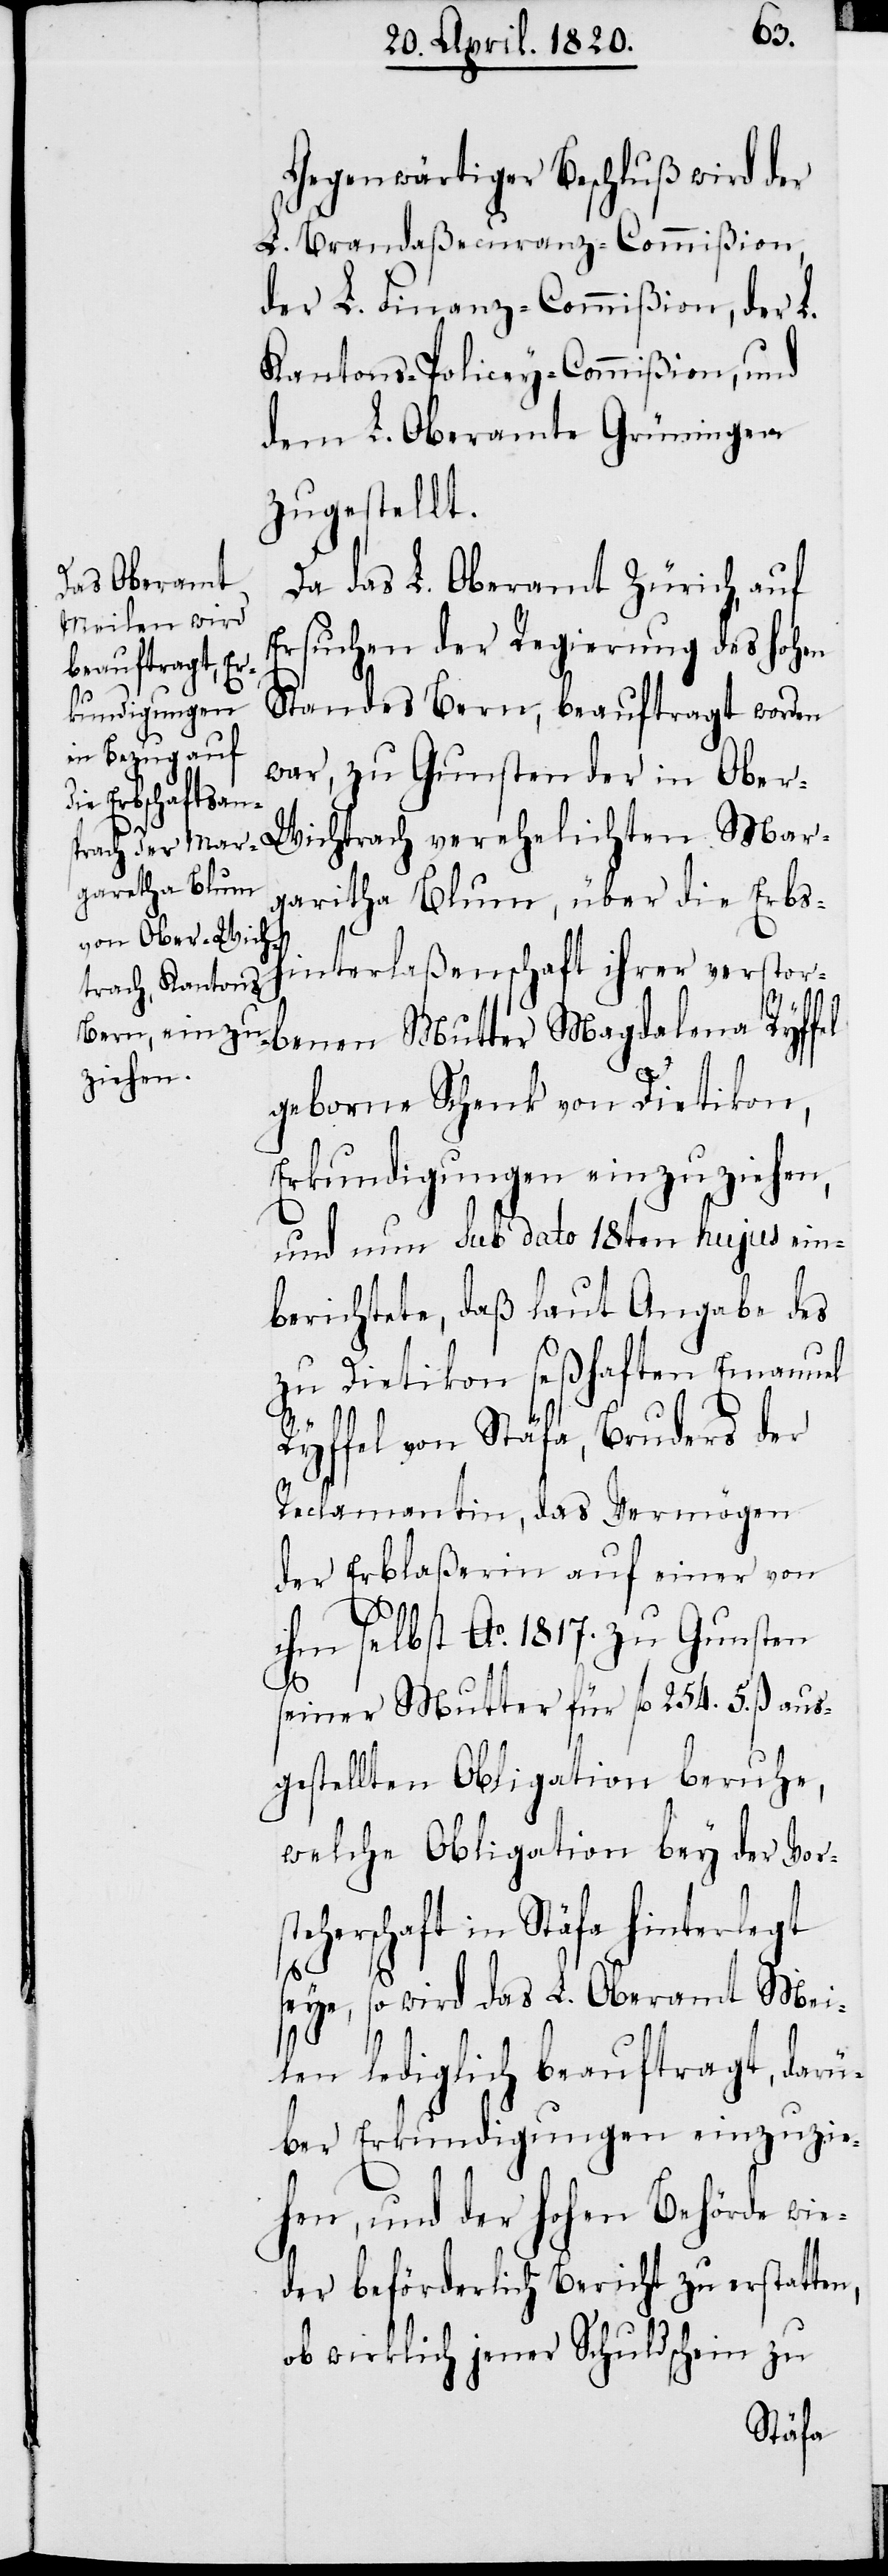
Gegenwärtiger Beschluβ wird der
L. Brandaβecuranz-Commiβion,
der L. Finanz-Commiβion, der L.
Kantons-Policey-Commiβion, und
dem L. Oberamte Grüningen
zugestellt.
Da das L. Oberamt Zürich, auf
Ersuchen der Regierung des Hohen
Standes Bern, beauftragt worden
Mar¬
zu Gunsten der in Ober-W¬
garitha Blum, über die Erbs¬
hinterlaβenschaft ihrer verstor¬
benen Mutter Magdalena Ryffel
geborne Schenk von Dietikon,
Erkundigungen einzuziehn,
und nun Sub dato 18ten hujus ein¬
berichtete, daβ laut Angabe des
zu Dietikon seβhaften Emanuel
Ryffel von Stäfa, Bruders der
Reclamantin, das Vermögen
der Erblaβerin auf einer von
ihm selbst Ao. 1817. zu Gunsten
seiner Mutter für fl. 254. 5 β aus¬
gestellten Obligation beruhe,
welche Obligation bey der Vors¬
teherschaft in Stäfa hinterlegt
seye, so wird das L. Oberamt Mei¬
len lediglich beauftragt, darü¬
ber Erkundigungen einzuzie¬
hen, und der Hohen Behörde wie¬
der beförderlich Bericht zu erstatten,
ob wirklich jener Schuldschein zu

ichtrach